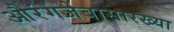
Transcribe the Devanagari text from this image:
औरंगजेबासारख्या